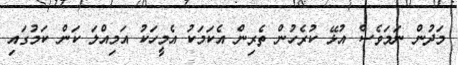
މަދުން ނަމަވެސް އުޅޭ ކުރެހުން ތެރިން އެކަމަކު އެމީހަކު އަމިއްލަ ކަން ކަމުގައި